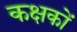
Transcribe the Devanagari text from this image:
कक्षकों